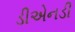
ડીએનડી